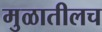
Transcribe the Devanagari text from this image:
मुळातीलच